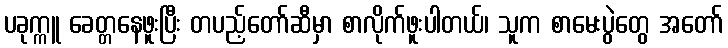
ပခုက္ကူ ခေတ္တနေဖူးပြီး တပည့်တော်ဆီမှာ စာလိုက်ဖူးပါတယ်၊ သူက စာမေးပွဲတွေ အတော်